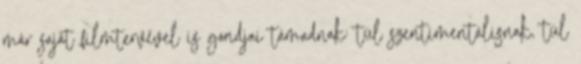
már saját filmtervével is gondjai támadnak: túl szentimentálisnak, túl